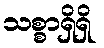
သစ္စာရှိရှိ